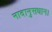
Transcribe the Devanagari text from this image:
नादानुसधान।